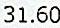
31.60